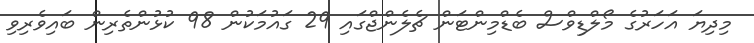
މިދިޔަ އަހަރުގެ މޯލްޑިވްސް ބެޑްމިންޓަން ޗެލެންޖްގައި 29 ގައުމަކުން 98 ކުޅުންތެރިން ބައިވެރިވި